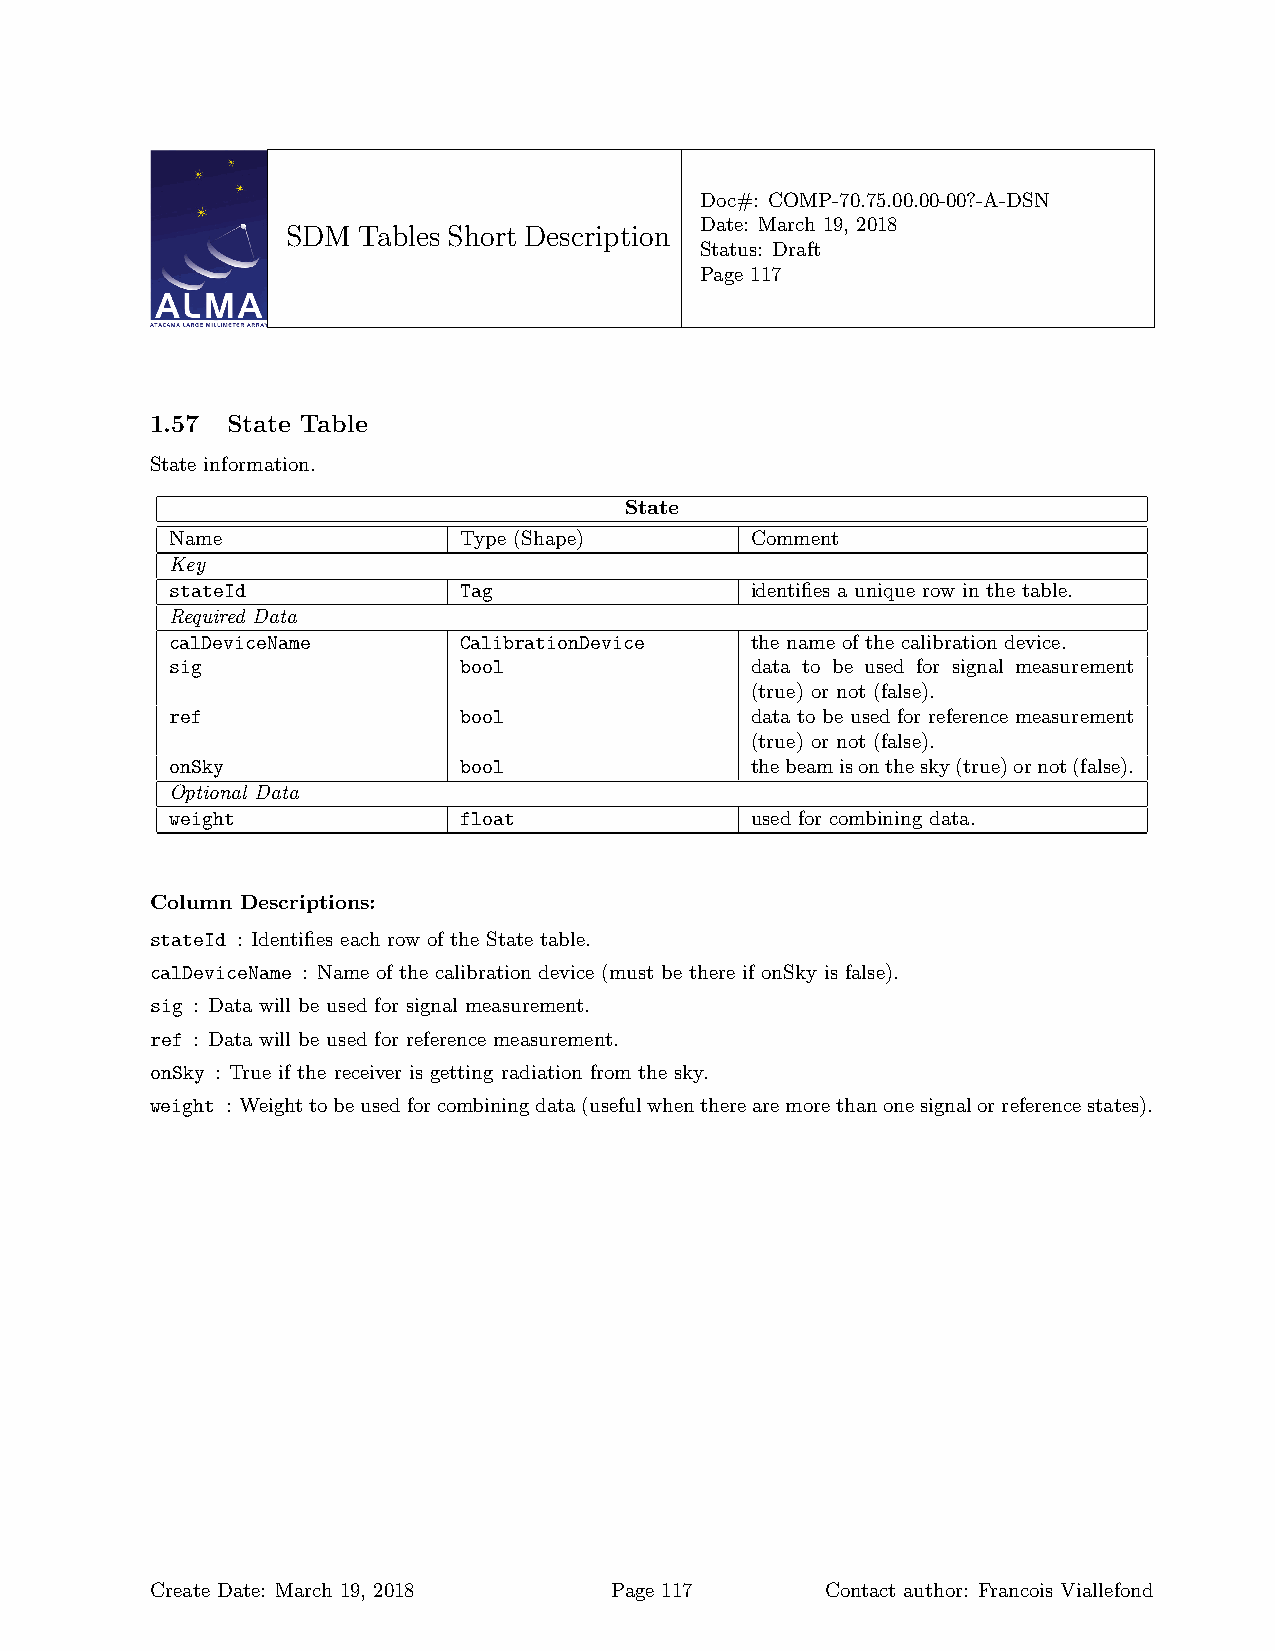
Doc#: COMP-70.75.00.00-00?-A-DSN
 Date: March 19, 2018
 SDM  Tables Short Description
 Status: Draft
 Page 117
 1.57 State Table
 State information.
 State
 Name               Type (Shape)        Comment
 Key
 stateId            Tag                 identifies a unique row in the table.
 Required Data
 calDeviceName      CalibrationDevice   the name of the calibration device.
 sig                bool                data to be used for signal measurement
 (true) or not (false).
 ref                bool                data to be used for reference measurement
 (true) or not (false).
 onSky              bool                thebeamisonthesky(true)ornot(false).
 Optional Data
 weight             float               used for combining data.
 Column Descriptions:
 stateId : Identifies each row of the State table.
 calDeviceName : Name of the calibration device (must be there if onSky is false).
 sig : Data will be used for signal measurement.
 ref : Data will be used for reference measurement.
 onSky : True if the receiver is getting radiation from the sky.
 weight : Weighttobeusedforcombiningdata(usefulwhentherearemorethanonesignalorreferencestates).
 Create Date: March 19, 2018   Page 117       Contact author: Francois Viallefond